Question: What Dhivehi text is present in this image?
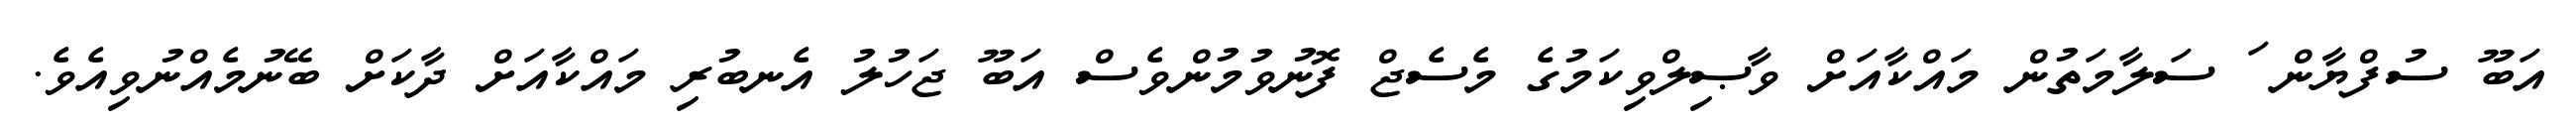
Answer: އަބޫ ސުފްޔާން ަ ސަލާމަތުން މައްކާއަށް ވާޞިލްވިކަމުގެ މެސެޖް ފޮނުވުމުންވެސް އަބޫ ޖަހުލު އެނބުރި މައްކާއަށް ދާކަށް ބޭނުމެއްނުވިއެވެ.